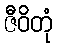
ဇီဝိတုံ